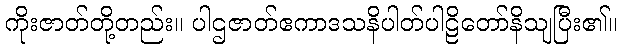
ကိုးဇာတ်တို့တည်း။ ပါဌဇာတ်ဧကာဒသနိပါတ်ပါဠိတော်နိသျပြီး၏။